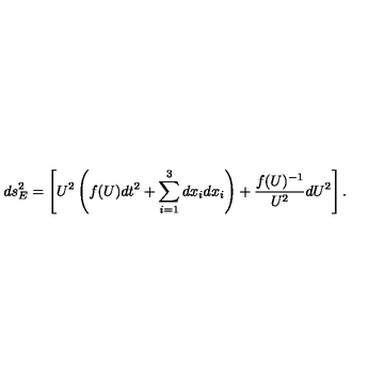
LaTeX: d s _ { E } ^ { 2 } = \left[ U ^ { 2 } \left( f ( U ) d t ^ { 2 } + \sum _ { i = 1 } ^ { 3 } d x _ { i } d x _ { i } \right) + \frac { f ( U ) ^ { - 1 } } { U ^ { 2 } } d U ^ { 2 } \right] .